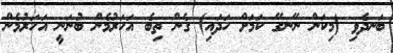
ބަނދެވި (މިކަން ނޭނގޭ ކަމަށް ހަދައި) ގެން ތިބެ އަހަރުމެން ބުނަނީ އަހަރުމެން